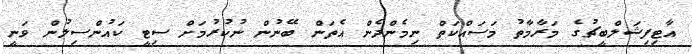
އާޓިފިޝަލްބީޗުގެ މަރާމާތު މަސައްކަތް ނިމެންދެން އެތަން ބޭނުން ނުކުރުމަށް ސިޓީ ކައުންސިލުން ވަނީ